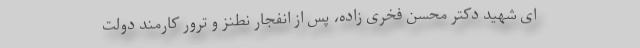
ای شهید دکتر محسن فخری زاده، پس از انفجار نطنز و ترور کارمند دولت